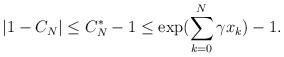
LaTeX: \begin{align*}|1 - C_N| \leq C_N^* - 1 \leq \exp( \sum \limits_{k=0}^N \gamma x_k ) - 1.\end{align*}